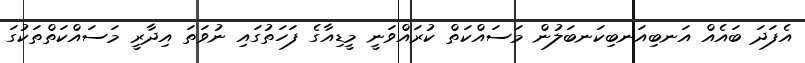
އެފަދަ ބައެއް އަނބިއަނބިކަނބަލުން މަސައްކަތް ކުރައްވަނީ މީޑިއާގެ ފަހަތުގައި ނުވަތަ އިދާރީ މަސައްކަތްތަކުގަ